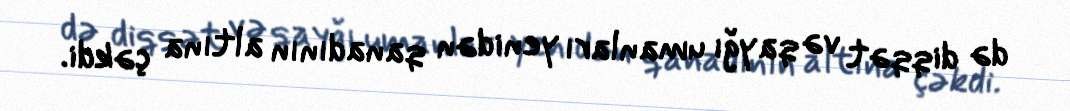
də diqqət və qayğı umanları yenidən qanadının altına çəkdi.